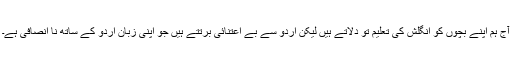
آج ہم اپنے بچوں کو انگلش کی تعلیم تو دلاتے ہیں لیکن اردو سے بے اعتنائی برتتے ہیں جو اپنی زبان اردو کے ساتھ نا انصافی ہے۔